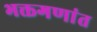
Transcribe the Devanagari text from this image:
भक्तगणांत